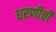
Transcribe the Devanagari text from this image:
धरणीची